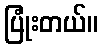
ပြုံးတယ်။